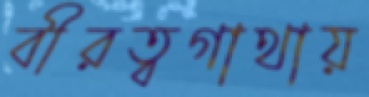
বীরত্বগাথায়